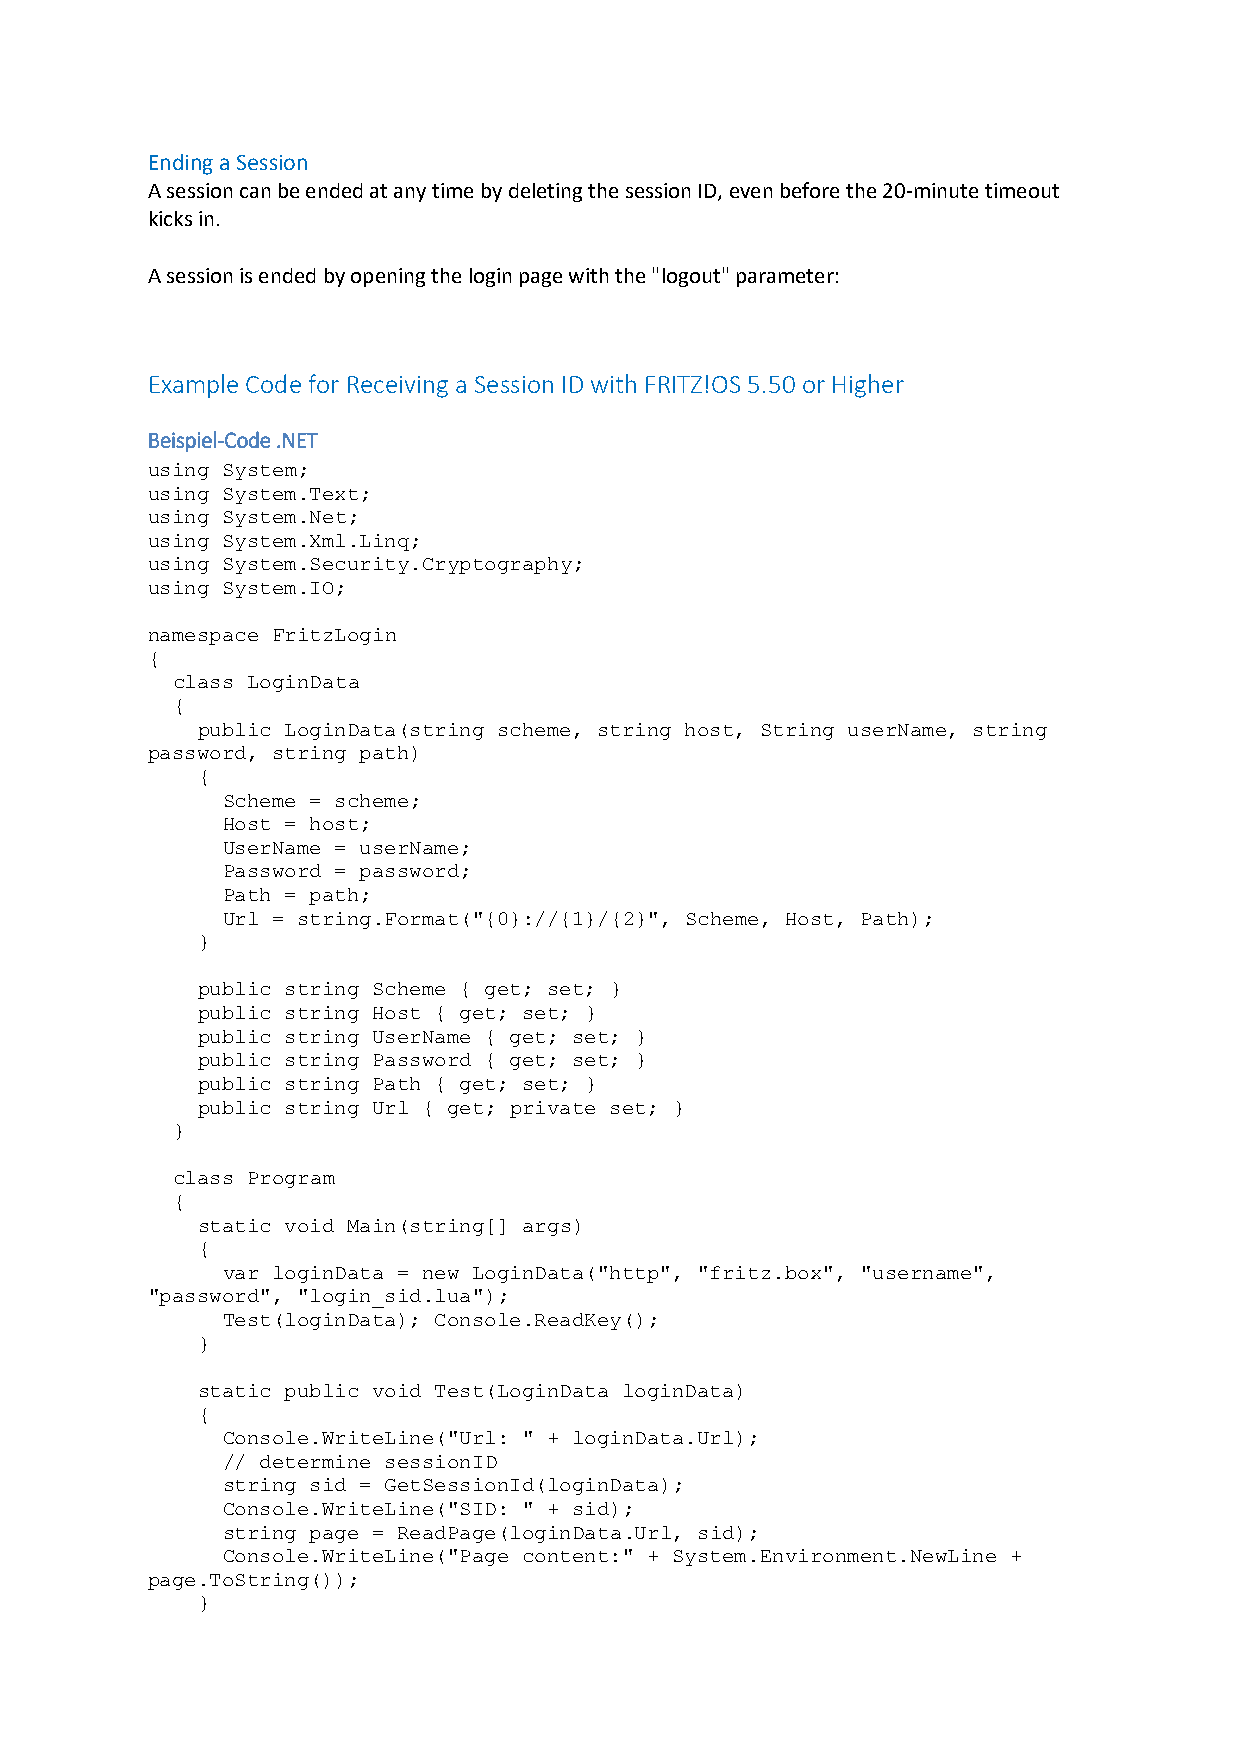
Ending a Session
 A session can be ended at any time by deleting the session ID, even before the 20-minute timeout
 kicks in.
 A session is ended by opening the login page with the "logout" parameter:
 Example Code for Receiving a Session ID with FRITZ!OS 5.50 or Higher
 Beispiel-Code .NET
 using System;
 using System.Text;
 using System.Net;
 using System.Xml.Linq;
 using System.Security.Cryptography;
 using System.IO;
 namespace FritzLogin
 {
 class LoginData
 {
 public LoginData(string scheme, string host, String userName, string
 password, string path)
 {
 Scheme = scheme;
 Host = host;
 UserName = userName;
 Password = password;
 Path = path;
 Url = string.Format("{0}://{1}/{2}", Scheme, Host, Path);
 }
 public string Scheme { get; set; }
 public string Host { get; set; }
 public string UserName { get; set; }
 public string Password { get; set; }
 public string Path { get; set; }
 public string Url { get; private set; }
 }
 class Program
 {
 static void Main(string[] args)
 {
 var loginData = new LoginData("http", "fritz.box", "username",
 "password", "login_sid.lua");
 Test(loginData); Console.ReadKey();
 }
 static public void Test(LoginData loginData)
 {
 Console.WriteLine("Url: " + loginData.Url);
 // determine sessionID
 string sid = GetSessionId(loginData);
 Console.WriteLine("SID: " + sid);
 string page = ReadPage(loginData.Url, sid);
 Console.WriteLine("Page content:" + System.Environment.NewLine +
 page.ToString());
 }